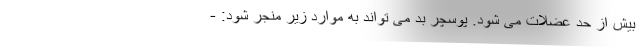
بیش از حد عضلات می شود. پوسچر بد می تواند به موارد زیر منجر شود: -